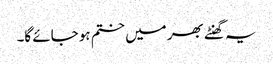
یہ گھنٹے بھر میں ختم ہو جائے گا۔